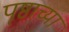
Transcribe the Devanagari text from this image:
पृष्ठाच्या